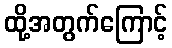
ထို့အတွက်ကြောင့်